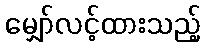
မျှော်လင့်ထားသည့်